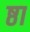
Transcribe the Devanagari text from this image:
ष्ठा